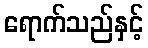
ရောက်သည်နှင့်